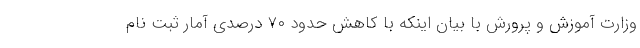
وزارت آموزش و پرورش با بیان اینکه با کاهش حدود ۷۰ درصدی آمار ثبت نام